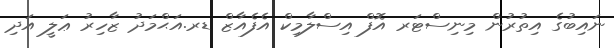
ނައިބުގެ އިތުރުން މިނިސްޓަރ އޮފް އިސްލާމިކް އެފެއާޒް ޑރ.އަޙްމަދު ޒާހިރު ޢަލީ އަދި